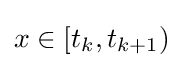
x\in [t_{k},t_{k+1})